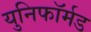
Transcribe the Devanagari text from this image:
युनिफॉर्मड